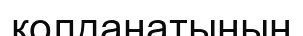
қолданатынын